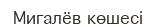
Мигалёв көшесі